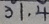
3 1 . 4